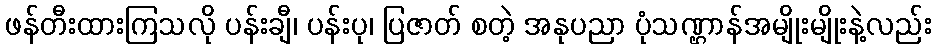
ဖန်တီးထားကြသလို ပန်းချီ၊ ပန်းပု၊ ပြဇာတ် စတဲ့ အနုပညာ ပုံသဏ္ဌာန်အမျိုးမျိုးနဲ့လည်း